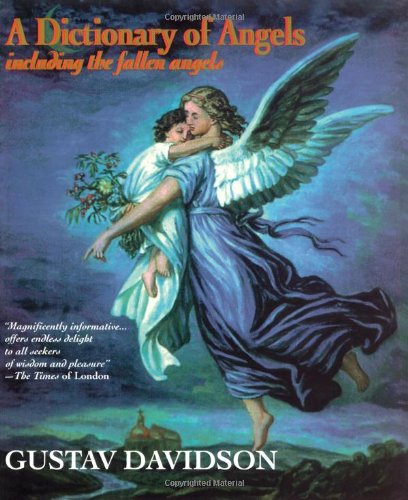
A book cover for A Dictionary of Angels: Including the Fallen Angels; Gustav Davidson; Reference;